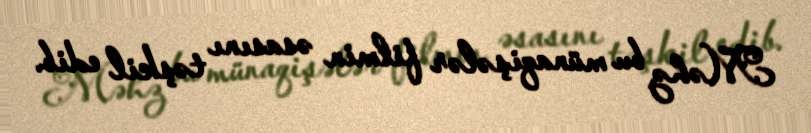
Məhz bu münaqişələr filmin əsasını təşkil edib.